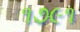
૧૭૯૧